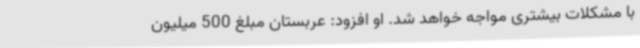
با مشکلات بیشتری مواجه خواهد شد. او افزود: عربستان مبلغ 500 میلیون